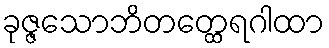
ခုဇ္ဇသောဘိတတ္ထေရဂါထာ